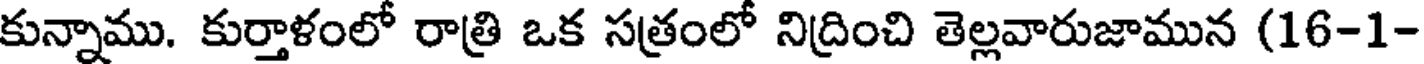
కున్నాము. కుర్తాళంలో రాత్రి ఒక సత్రంలో నిద్రించి తెల్లవారుజామున (16-1-